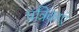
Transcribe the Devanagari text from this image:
पत्रिकाएं